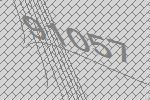
91057